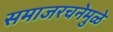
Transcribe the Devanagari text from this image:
समाजरचनेमुळे